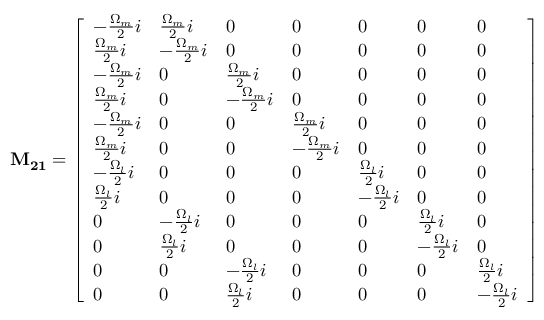
\mathbf { M _ { 2 1 } } = \left[ \begin{array} { l l l l l l l } { - \frac { \Omega _ { m } } { 2 } i } & { \frac { \Omega _ { m } } { 2 } i } & { 0 } & { 0 } & { 0 } & { 0 } & { 0 } \\ { \frac { \Omega _ { m } } { 2 } i } & { - \frac { \Omega _ { m } } { 2 } i } & { 0 } & { 0 } & { 0 } & { 0 } & { 0 } \\ { - \frac { \Omega _ { m } } { 2 } i } & { 0 } & { \frac { \Omega _ { m } } { 2 } i } & { 0 } & { 0 } & { 0 } & { 0 } \\ { \frac { \Omega _ { m } } { 2 } i } & { 0 } & { - \frac { \Omega _ { m } } { 2 } i } & { 0 } & { 0 } & { 0 } & { 0 } \\ { - \frac { \Omega _ { m } } { 2 } i } & { 0 } & { 0 } & { \frac { \Omega _ { m } } { 2 } i } & { 0 } & { 0 } & { 0 } \\ { \frac { \Omega _ { m } } { 2 } i } & { 0 } & { 0 } & { - \frac { \Omega _ { m } } { 2 } i } & { 0 } & { 0 } & { 0 } \\ { - \frac { \Omega _ { l } } { 2 } i } & { 0 } & { 0 } & { 0 } & { \frac { \Omega _ { l } } { 2 } i } & { 0 } & { 0 } \\ { \frac { \Omega _ { l } } { 2 } i } & { 0 } & { 0 } & { 0 } & { - \frac { \Omega _ { l } } { 2 } i } & { 0 } & { 0 } \\ { 0 } & { - \frac { \Omega _ { l } } { 2 } i } & { 0 } & { 0 } & { 0 } & { \frac { \Omega _ { l } } { 2 } i } & { 0 } \\ { 0 } & { \frac { \Omega _ { l } } { 2 } i } & { 0 } & { 0 } & { 0 } & { - \frac { \Omega _ { l } } { 2 } i } & { 0 } \\ { 0 } & { 0 } & { - \frac { \Omega _ { l } } { 2 } i } & { 0 } & { 0 } & { 0 } & { \frac { \Omega _ { l } } { 2 } i } \\ { 0 } & { 0 } & { \frac { \Omega _ { l } } { 2 } i } & { 0 } & { 0 } & { 0 } & { - \frac { \Omega _ { l } } { 2 } i } \end{array} \right]